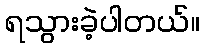
ရသွားခဲ့ပါတယ်။